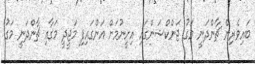
ބައިވެރިން ޗާންދަނީ މަގު ޖަންކްޝަންގައި އިށީނުމަށް އަންގައިފި މަޖީދީ މަގާއި ޗާންދަނީ މަގު